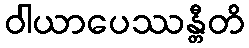
ဝါယာပေဿန္တီတိ